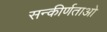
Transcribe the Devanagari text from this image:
सन्कीर्णताओ